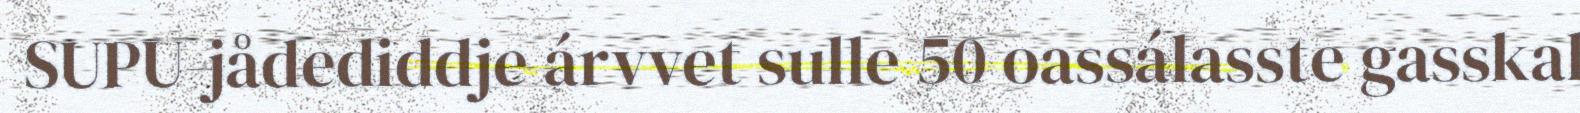
SUPU-jådediddje árvvet sulle 50 oassálasste gasskal